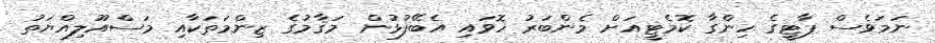
ނަމަވެސް ޕާޓީގެ ހިންގާ ކޮމެޓީއަށް މެންބަރު ހޮވައި އެބޭފުޅުން މަޤާމުގެ ޒިންމަތަކާއި މަސްއޫލިއްޔަތު